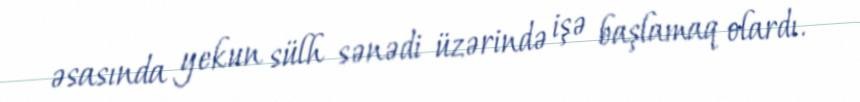
əsasında yekun sülh sənədi üzərində işə başlamaq olardı.